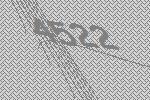
4522